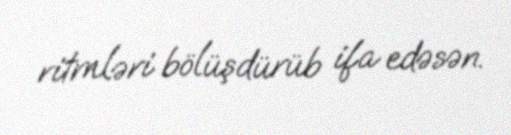
ritmləri bölüşdürüb ifa edəsən.